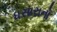
ધસારાનો